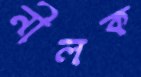
নীলক